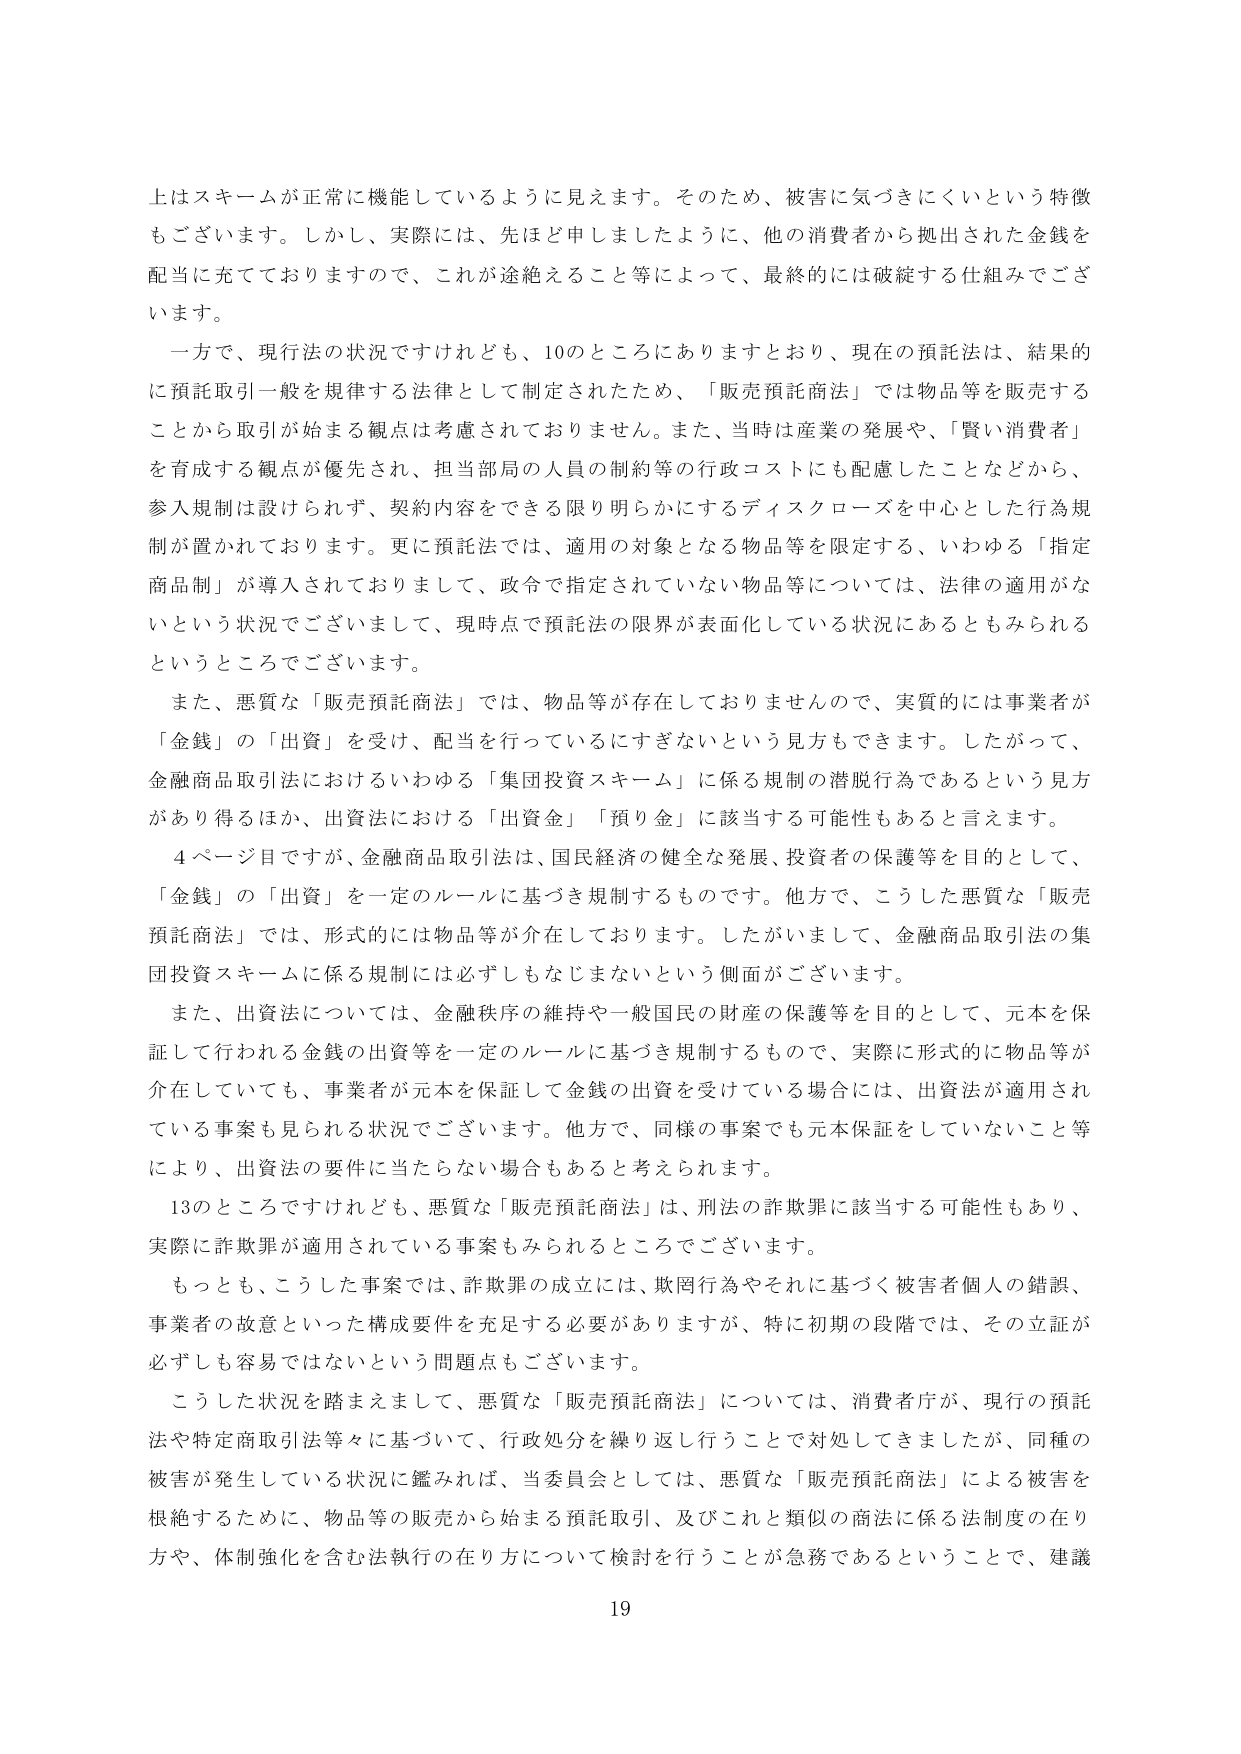
上はスキームが正常に機能しているように見えます。そのため、被害に気づきにくいという特徴もございます。しかし、実際には、先ほど申しましたように、他の消費者から拠出された金銭を配当に充てておりますので、これが途絶えること等によって、最終的には破綻する仕組みでございます。

一方で、現行法の状況ですけれども、10のところにありますとおり、現在の預託法は、結果的に預託取引一般を規律する法律として制定されたため、「販売預託商法」では物品等を販売することから取引が始まる観点は考慮されておりません。また、当時は産業の発展や、「賢い消費者」を育成する観点が優先され、担当部局の人員の制約等の行政コストにも配慮したことなどから、参入規制は設けられず、契約内容をできる限り明らかにするディスクローズを中心とした行為規制が置かれております。更に預託法では、適用の対象となる物品等を限定する、いわゆる「指定商品制」が導入されておりまして、政令で指定されていない物品等については、法律の適用がないという状況でございまして、現時点で預託法の限界が表面化している状況にあるともみられるというところでございます。

また、悪質な「販売預託商法」では、物品等が存在しておりませんので、実質的には事業者が「金銭」の「出資」を受け、配当を行っているにすぎないという見方もできます。したがって、金融商品取引法におけるいわゆる「集団投資スキーム」に係る規制の潜脱行為であるという見方があり得るほか、出資法における「出資金」「預り金」に該当する可能性もあると言えます。

4ページ目ですが、金融商品取引法は、国民経済の健全な発展、投資者の保護等を目的として、「金銭」の「出資」を一定のルールに基づき規制するものです。他方で、こうした悪質な「販売預託商法」では、形式的には物品等が介在しております。したがいまして、金融商品取引法の集団投資スキームに係る規制には必ずしもなじまないという側面がございます。

また、出資法については、金融秩序の維持や一般国民の財産の保護等を目的として、元本を保証して行われる金銭の出資等を一定のルールに基づき規制するもので、実際に形式的に物品等が介在していても、事業者が元本を保証して金銭の出資を受けている場合には、出資法が適用されている事案も見られる状況でございます。他方で、同様の事案でも元本保証をしていないこと等により、出資法の要件に当たらない場合もあると考えられます。

13のところですけれども、悪質な「販売預託商法」は、刑法の詐欺罪に該当する可能性もあり、実際に詐欺罪が適用されている事案もみられるところでございます。

もっとも、こうした事案では、詐欺罪の成立には、欺罔行為やそれに基づく被害者個人の錯誤、事業者の故意といった構成要件を充足する必要がありますが、特に初期の段階では、その立証が必ずしも容易ではないという問題点もございます。

こうした状況を踏まえまして、悪質な「販売預託商法」については、消費者庁が、現行の預託法や特定商取引法等々に基づいて、行政処分を繰り返し行うことで対処してきましたが、同種の被害が発生している状況に鑑みれば、当委員会としては、悪質な「販売預託商法」による被害を根絶するために、物品等の販売から始まる預託取引、及びこれと類似の商法に係る法制度の在り方や、体制強化を含む法執行の在り方について検討を行うことが急務であるということで、建議

19